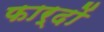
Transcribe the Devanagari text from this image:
फार्दों